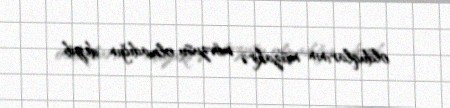
olduqlarının müzakirə mövzusu olmadığın deyib.